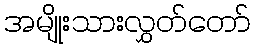
အမျိုးသားလွှတ်တော်